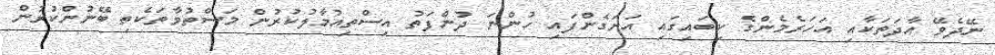
ނޭދެވޭ އާދަތަކާއި އަހަރެމެންގެ ކިބައިގައި އަށަގެންފައި ހުންނަ ދުންފަތު އިސްތިއުމާލުކުރުން މަސްތުވާތަކެތި ބޭނުންކުރުން